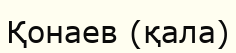
Қонаев (қала)